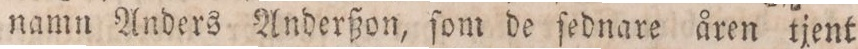
namn Anders Anderßon, ſom de ſednare åren tjent